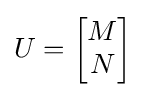
U={\begin{bmatrix}M\\N\end{bmatrix}}